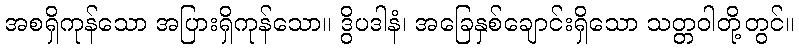
အစရှိကုန်သော အပြားရှိကုန်သော။ ဒွိပဒါနံ၊ အခြေနှစ်ချောင်းရှိသော သတ္တဝါတို့တွင်။